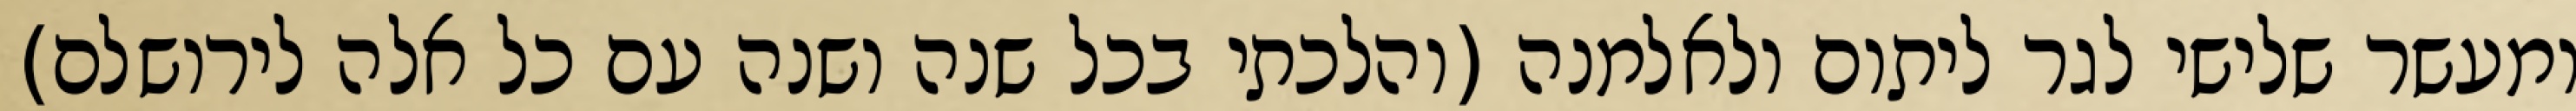
ומעשר שלישי לגר ליתום ולאלמנה (והלכתי בכל שנה ושנה עם כל אלה לירושלם)